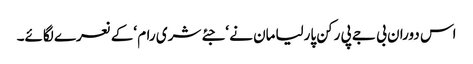
اس دوران بی جے پی رکن پارلیامان نے ‘جئے شری رام ‘کے نعرے لگائے۔